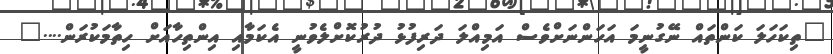
"ތިކަހަލަ ކަންތައް ނޭގުނީމަ އަހަންނަށްވެސް އަމިއްލަ ދަރިފުޅު ދުރުކޮށްލެވުނީ އެކަމާއި އިންތިހާއަށް ހިތާމަކުރަން...."